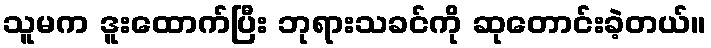
သူမက ဒူးထောက်ပြီး ဘုရားသခင်ကို ဆုတောင်းခဲ့တယ်။